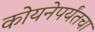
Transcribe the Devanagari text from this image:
कोयनेपर्यंतचा